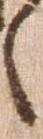
之